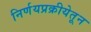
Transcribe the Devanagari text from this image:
निर्णयप्रक्रीयेतून